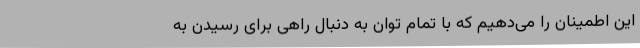
این اطمینان را می‌دهیم که با تمام توان به دنبال راهی برای رسیدن به